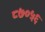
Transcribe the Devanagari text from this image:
८७०५६